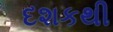
દશકથી